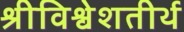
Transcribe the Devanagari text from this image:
श्रीविश्वेशतीर्थ